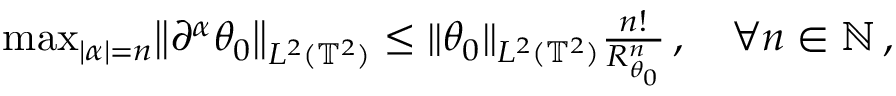
\begin{array} { r } { \operatorname* { m a x } _ { | { \boldsymbol { \alpha } } | = n } \mathopen { } \mathclose \bgroup \left\| \partial ^ { \boldsymbol { \alpha } } \theta _ { 0 } \aftergroup \egroup \right\| _ { L ^ { 2 } ( \ensuremath { \mathbb { T } } ^ { 2 } ) } \leq \| \theta _ { 0 } \| _ { L ^ { 2 } ( \ensuremath { \mathbb { T } } ^ { 2 } ) } \frac { n ! } { R _ { \theta _ { 0 } } ^ { n } } \, , \quad \forall n \in \ensuremath { \mathbb { N } } \, , } \end{array}